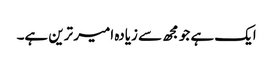
ایک ہے جو مجھ سے زیادہ امیر ترین ہے۔